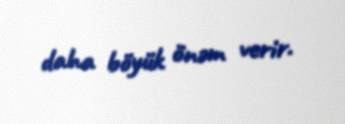
daha böyük önəm verir.